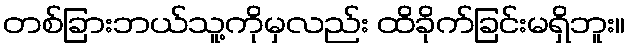
တစ်ခြားဘယ်သူ့ကိုမှလည်း ထိခိုက်ခြင်းမရှိဘူး။